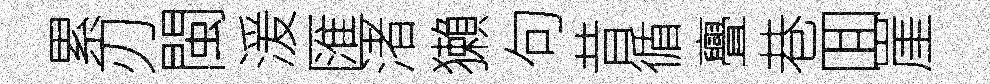
累刃閩湲匯渚獺句昔循亹巷囬崖